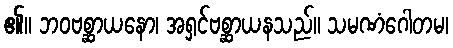
၏။ ဘဝဗစ္ဆာယနော၊ အရှင်ဗစ္ဆာယနသည်။ သမဏံဂေါတမ၊